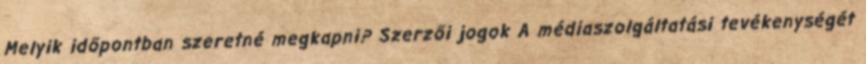
Melyik időpontban szeretné megkapni? Szerzői jogok A médiaszolgáltatási tevékenységét